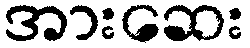
အားဆေး